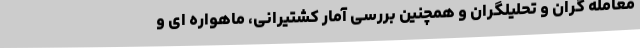
معامله گران و تحلیلگران و همچنین بررسی آمار کشتیرانی، ماهواره ای و